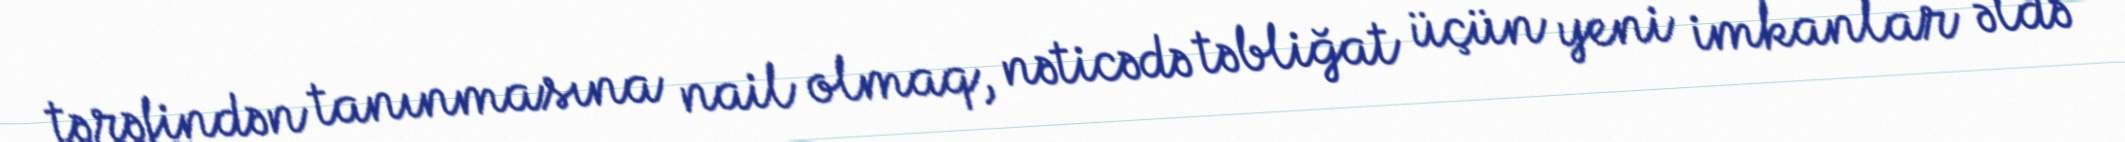
tərəfindən tanınmasına nail olmaq, nəticədə təbliğat üçün yeni imkanlar əldə